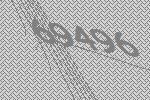
69496